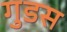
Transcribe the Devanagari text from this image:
गुडस